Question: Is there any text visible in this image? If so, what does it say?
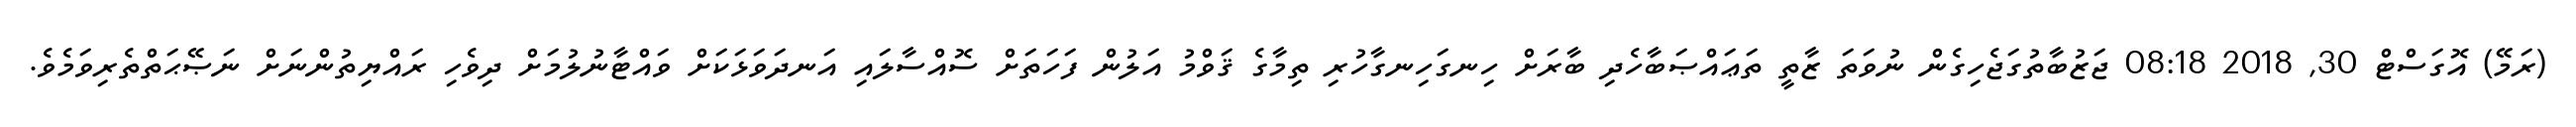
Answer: (ރަމޭ) އޮގަސްޓް 30, 2018 08:18 ޖަޒުބާތުގަޖެހިގެން ނުވަތަ ޒާތީ ތަޢައްޞަބާހެދި ބާރަށް ހިނގަހިނގާހުރި ތިމާގެ ޤަވްމު އަލުން ފަހަތަށް ސޮއްސާލައި އަނދަވަޅަކަށް ވައްޓާނުލުމަށް ދިވެހި ރައްޔިތުންނަށް ނަޞޭޙަތްތެރިވަމެވެ.